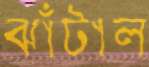
ঝাঁটাল